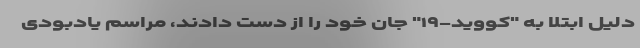
دلیل ابتلا به "کووید-۱۹" جان خود را از دست دادند،‌ مراسم یادبودی